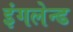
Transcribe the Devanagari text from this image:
इंगलेन्ड